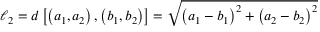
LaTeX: \ell _ { 2 } = d \left[ \left( a _ { 1 } , a _ { 2 } \right) , \left( b _ { 1 } , b _ { 2 } \right) \right] = { \sqrt { \left( a _ { 1 } - b _ { 1 } \right) ^ { 2 } + \left( a _ { 2 } - b _ { 2 } \right) ^ { 2 } } }